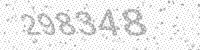
Solution: 298348